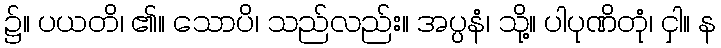
၌။ ပယတိ၊ ၏။ သောပိ၊ သည်လည်း။ အပ္ပနံ၊ သို့။ ပါပုဏိတုံ၊ ငှါ။ န